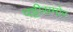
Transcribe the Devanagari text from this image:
पट्टीसमोर